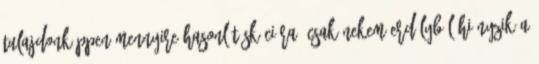
tulajdonképpen mennyire hasonlít Skóciára, csak nekem Erdélyből hiányzik a